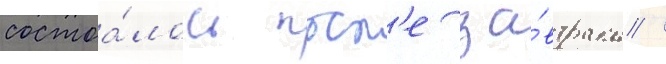
состоа́лось посл'е за́втрака /